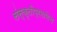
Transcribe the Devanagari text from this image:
संस्कृतीप्रमाणेच